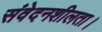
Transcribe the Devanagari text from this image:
संवेदनशीलता।